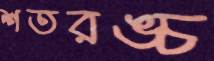
শতরঙ্চ